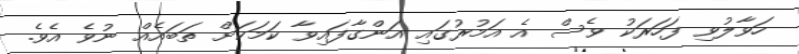
ހަވާލުވި ފަހަރަކު ވެސް އެ އަމުރުގައި އަންގާފައިވާ ކަމަކަށް ތަބައެއް ނުވެ އެވެ.